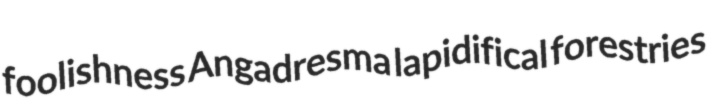
foolishness Angadresma lapidifical forestries